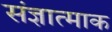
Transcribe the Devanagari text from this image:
संज्ञात्माक